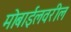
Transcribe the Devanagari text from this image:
मोबाईलवरील